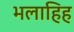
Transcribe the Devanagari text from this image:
भलाहिह